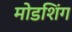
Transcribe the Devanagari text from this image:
मोडशिंग